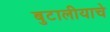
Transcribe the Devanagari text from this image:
बुटालीयाचे